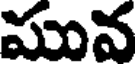
మువ